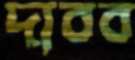
দাবব